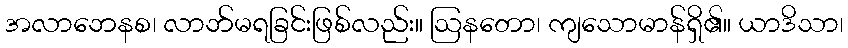
အလာဘေနစ၊ လာဘ်မရခြင်းဖြစ်လည်း။ ဩနတော၊ ကျသောမာန်ရှိ၏။ ယာဒိသာ၊